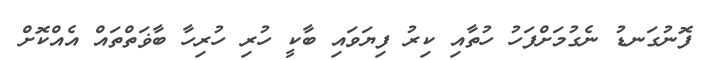
ފޮނުގަނޑު ނެގުމަށްފަހު ހުތާއި ކިރު ފިޔަވައި ބާކީ ހުރި ހުރިހާ ބާޥަތްތައް އެއްކޮށް